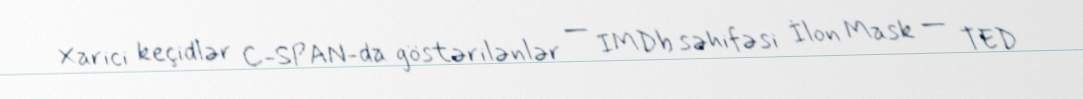
Xarici keçidlər C-SPAN-da göstərilənlər — IMDb səhifəsi İlon Mask — TED